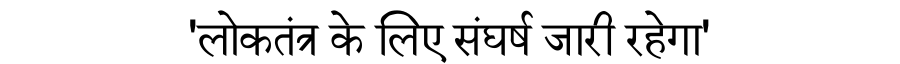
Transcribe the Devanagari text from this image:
'लोकतंत्र के लिए संघर्ष जारी रहेगा'